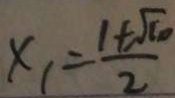
x _ { 1 } = \frac { 1 + \sqrt { 1 0 } } { 2 }